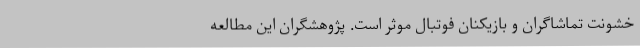
خشونت تماشاگران و بازیکنان فوتبال موثر است. پژوهشگران این مطالعه